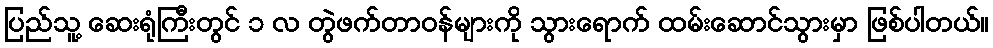
ပြည်သူ့ ဆေးရုံကြီးတွင် ၁ လ တွဲဖက်တာဝန်များကို သွားရောက် ထမ်းဆောင်သွားမှာ ဖြစ်ပါတယ်။